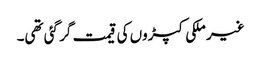
غیر ملکی کپڑوں کی قیمت گر گئی تھی۔